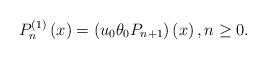
LaTeX: \begin{align*}P_{n}^{\left( 1\right) }\left( x\right) =\left( u_{0}\theta_{0}P_{n+1}\right) \left( x\right) ,n\geq 0. \end{align*}